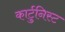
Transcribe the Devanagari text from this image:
कार्टुनिस्ट